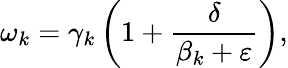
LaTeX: {{\omega}_{k}}={{\gamma}_{k}}\left(1+\frac{\delta}{{{\beta}_{k}}+\varepsilon}\right),